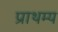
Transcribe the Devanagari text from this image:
प्राथम्य